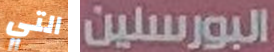
التي البورسلين